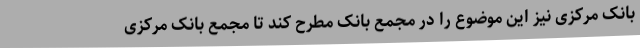
بانک مرکزی نیز این موضوع را در مجمع بانک مطرح کند تا مجمع بانک مرکزی